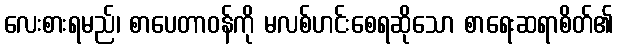
လေးစားရမည်၊ စာပေတာဝန်ကို မလစ်ဟင်းစေရဆိုသော စာရေးဆရာစိတ်၏